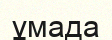
ұмада